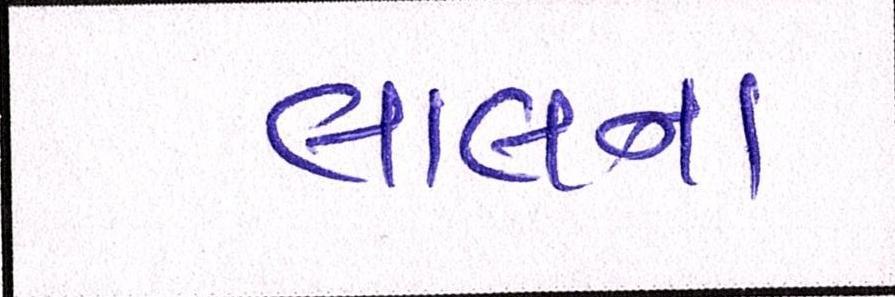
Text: લાલના